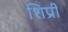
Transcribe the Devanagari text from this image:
शिप्री